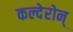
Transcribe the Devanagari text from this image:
कल्देरोन्